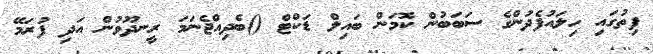
ފިތުގައި ހިލައުފެދުންގެ ސަބަބުން ކޮމަން ބައިލް ޑަކްޓް ()ބެދިއްޖެނަމަ ރީނދޫވުން އަދި ފުރަމޭ